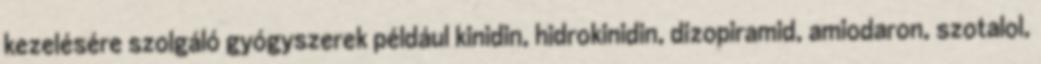
kezelésére szolgáló gyógyszerek például kinidin, hidrokinidin, dizopiramid, amiodaron, szotalol,